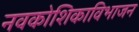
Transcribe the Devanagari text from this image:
नवकोशिकाविभाजन